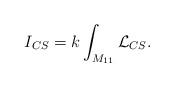
LaTeX: \begin{align*}I_{CS} = k\int_{M_{11}} {\cal L}_{CS}.\end{align*}